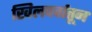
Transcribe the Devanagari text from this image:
खिलपर्वातून